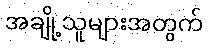
အချို့သူများအတွက်